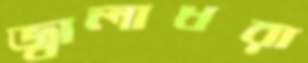
জ্বালাধরা